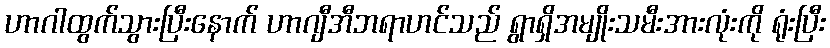
ဟာဂါထွက်သွားပြီးနောက် ဟာဂျီအီဘရာဟင်သည် ရွာရှိအမျိုးသမီးအားလုံးကို ရုံးပြီး